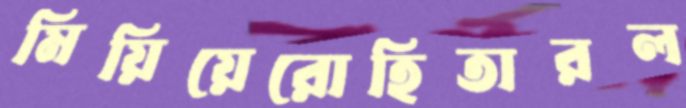
মিয়িয়েরোহিতারল